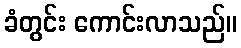
ခံတွင်း ကောင်းလာသည်။